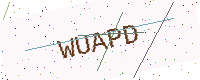
Text: WUAPD